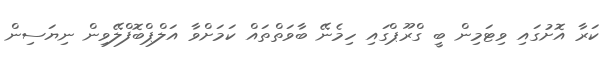
ކަރާ އޮށުގައި ވިޓަމިން ބީ ގްރޫޕްގައި ހިމެނޭ ބާވަތްތައް ކަމަށްވާ އަލްޕްބޮފްލޭވިން ނިޔަސިން